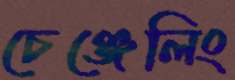
চেঞ্জেলিং